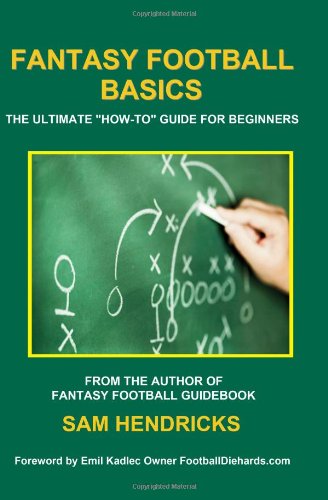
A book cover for Fantasy Football Basics: The Ultimate "How-to" Guide for Beginners; Sam Hendricks; Humor & Entertainment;